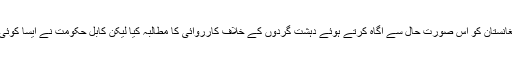
پاکستان نے بارہا افغانستان کو اس صورت حال سے آگاہ کرتے ہوئے دہشت گردوں کے خلاف کارروائی کا مطالبہ کیا لیکن کابل حکومت نے ایسا کوئی بھی قدم نہیں اٹھایا۔